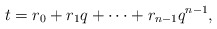
\begin{align*}t=r_0+r_1q+\cdots +r_{n-1}q^{n-1},\end{align*}